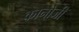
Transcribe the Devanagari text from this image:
कानोजी